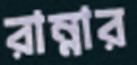
রান্নার